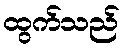
ထွက်သည်